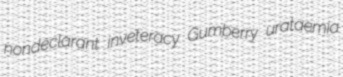
nondeclarant inveteracy Gumberry urataemia